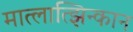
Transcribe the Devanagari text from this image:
मात्लात्झिन्कान